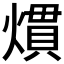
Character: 𤎽